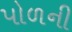
પોળની